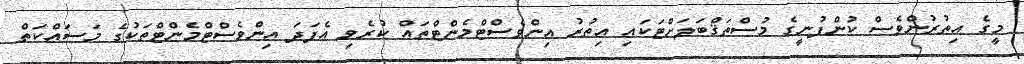
މީގެ އިތުރުންވެސް ކުންފުނީގެ މުސްތަޤްބަލަށްޓަކައި އިތުރު އިންވެސްޓްމެންޓްތައް ކުރެވި އެފަދަ އިންވެސްޓްމެންޓްތަކުގެ މަސައްކަތް